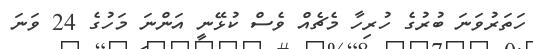
ހަތަރުވަނަ ބުރުގެ ހުރިހާ މެޗެއް ވެސް ކުޅޭނީ އަންނަ މަހުގެ 24 ވަނަ